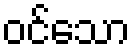
ဝင်သော